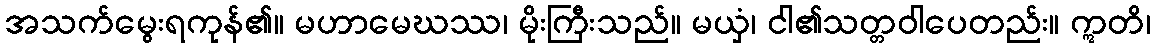
အသက်မွေးရကုန်၏။ မဟာမေဃဿ၊ မိုးကြီးသည်။ မယှံ၊ ငါ၏သတ္တဝါပေတည်း။ ဣတိ၊